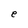
Character: e